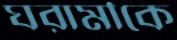
ঘরামীকে